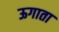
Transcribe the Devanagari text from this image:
ऊगाता